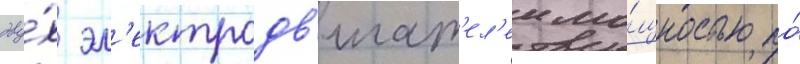
дву́х эл'ектродв'игат'ел'еи мо́щностью по́